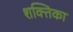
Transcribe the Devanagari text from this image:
शक्तिका